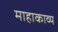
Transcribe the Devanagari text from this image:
माहाकाव्य